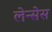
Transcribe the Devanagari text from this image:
लेन्सेस